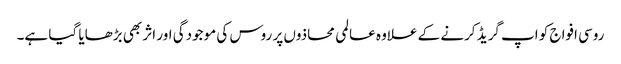
روسی افواج کو اپ گریڈ کرنے کے علاوہ عالمی محاذوں پر روس کی موجودگی اور اثر بھی بڑھایا گیا ہے۔